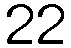
22